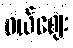
ဝယ်ဈေး